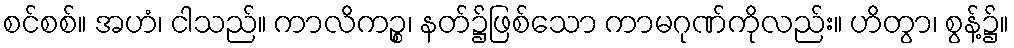
စင်စစ်။ အဟံ၊ ငါသည်။ ကာလိကဉ္စ၊ နတ်၌ဖြစ်သော ကာမဂုဏ်ကိုလည်း။ ဟိတွာ၊ စွန့်၌။